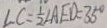
\angle C = \frac { 1 } { 2 } \angle A E D = 3 5 ^ { \circ }